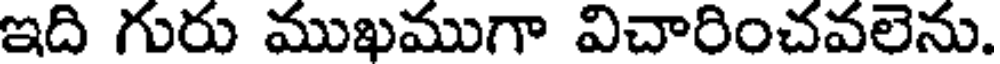
ఇది గురు ముఖముగా విచారించవలెను.